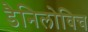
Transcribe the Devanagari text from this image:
डैनिलोविच